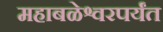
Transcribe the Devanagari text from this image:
महाबळेश्वरपर्यंत